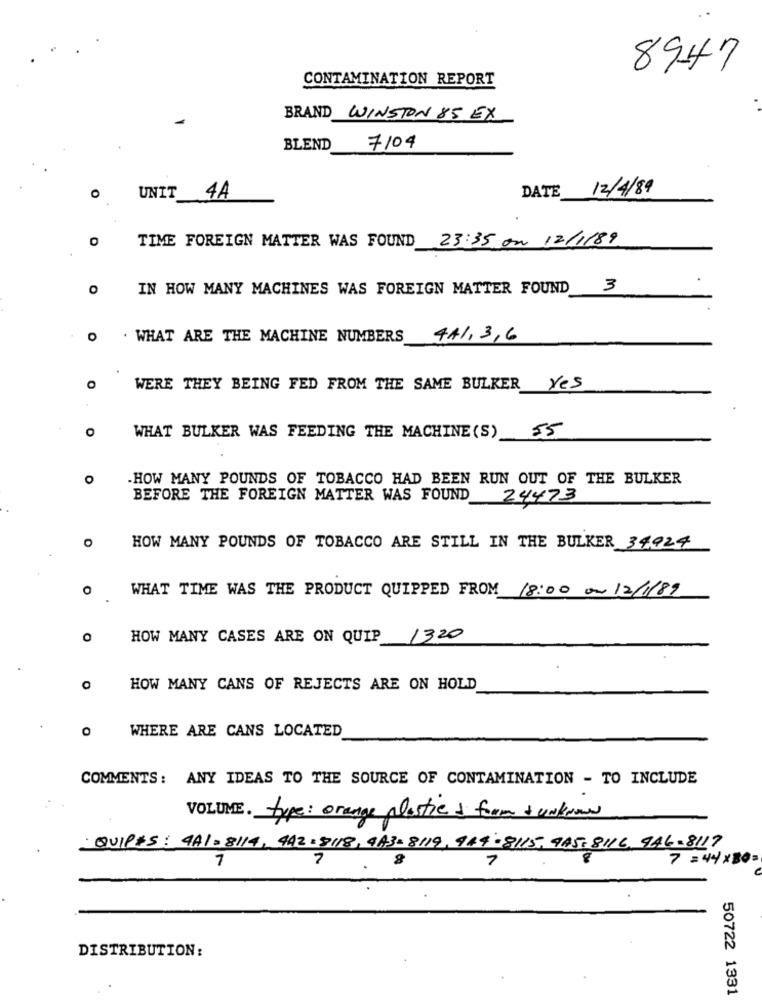
8947
CONTAMINATION REPORT
BRAND WINSTON 85 EX
BLEND
7104
DATE 12/4/89
UNIT 4A
0
TIME FOREIGN MATTER WAS FOUND 23:35 on 12/1/89
O
IN HOW MANY MACHINES WAS FOREIGN MATTER FOUND
3
. WHAT ARE THE MACHINE NUMBERS
441, 3,6
WERE THEY BEING FED FROM THE SAME BULKER Yes
O
55
WHAT BULKER WAS FEEDING THE MACHINE (S)
HOW MANY POUNDS OF TOBACCO HAD BEEN RUN OUT OF THE BULKER
BEFORE THE FOREIGN MATTER WAS FOUND 24473
HOW MANY POUNDS OF TOBACCO ARE STILL IN THE BULKER 34924
WHAT TIME WAS THE PRODUCT QUIPPED FROM 18:00 or 12/1/89
HOW MANY CASES ARE ON QUIP 1320
HOW MANY CANS OF REJECTS ARE ON HOLD
O
WHERE ARE CANS LOCATED
COMMENTS: ANY IDEAS TO THE SOURCE OF CONTAMINATION - TO INCLUDE
VOLUME. type: orange plastie & form & unknow
QUIPE5: 441=8119, 942:8118,973-8119, 944-8115,985-8116, 946-8117
7
7
7=44×80=
7
DISTRIBUTION:
50722 1331